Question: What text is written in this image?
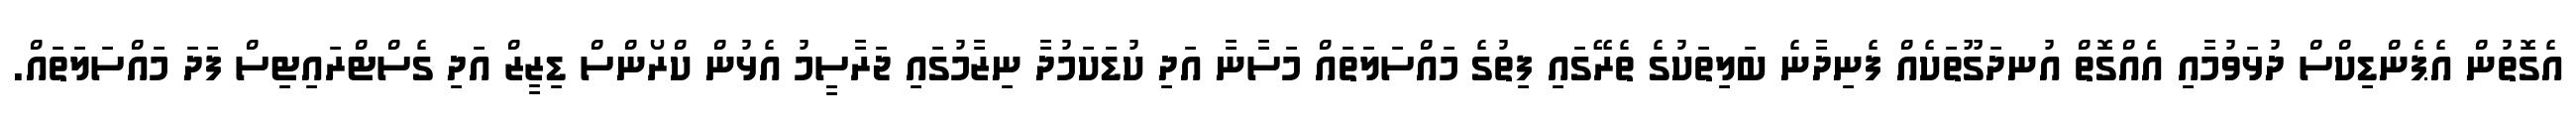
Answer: އެގޮތުން އެޕެންޑިކްސް ދުޅަވުމާއި އެއްގޮތް އުނދަގޫތަކެއް ފެނިދާނެ ބަލިތަކުގެ ތެރޭގައި ފިތުގެ މައްސަލަތައް މަސާނާ އަދި ކުޑަކަމުދާ ނިޒާމުގައި ޖަރާސީމު އެޅުން ކްރޯންސް ޑިޒީޒް އަދި ގެސްޓްރައިޓިސް ފަދަ މައްސަލަތައް.